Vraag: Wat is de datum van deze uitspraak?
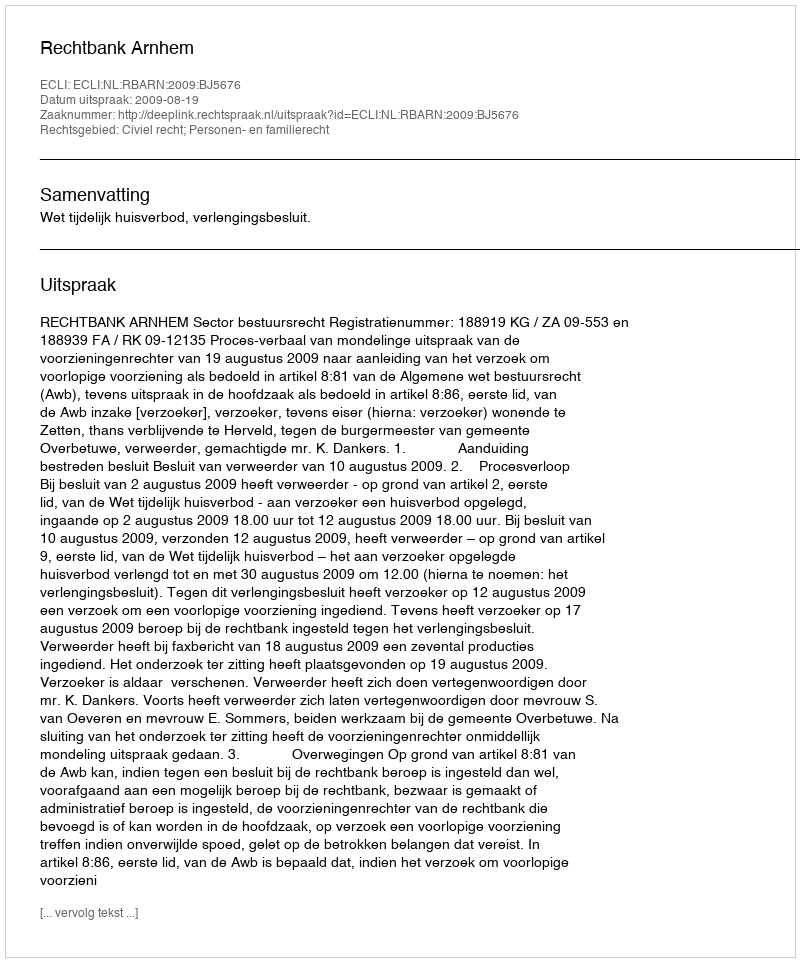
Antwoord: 2009-08-19